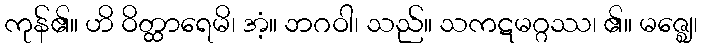
ကုန်၏။ ဟိ ဝိတ္ထာရေမိ၊ အံ့။ ဘဂဝါ၊ သည်။ သကဋမဂ္ဂဿ၊ ၏။ မဇ္ဈေ၊